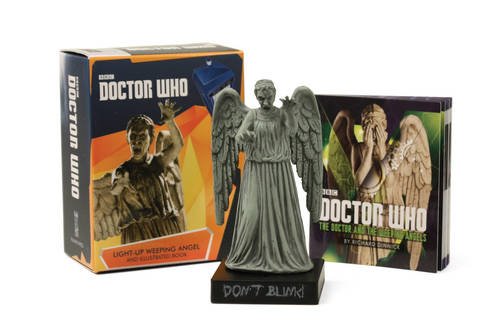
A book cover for Doctor Who: Light-Up Weeping Angel and Illustrated Book; Richard Dinnick; Humor & Entertainment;